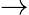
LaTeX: \rightarrow